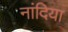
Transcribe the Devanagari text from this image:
नांदिया